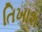
તિખાશ